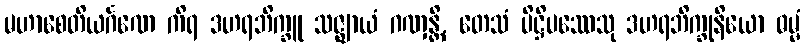
မဟာစေတိယင်္ဂဏေ ကိရ ဒဟရဘိက္ခူ သဇ္ဈာယံ ဂဏှန္တိ, တေသံ ပိဋ္ဌိပဿေသု ဒဟရဘိက္ခုနိယော ဓမ္မံ